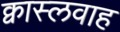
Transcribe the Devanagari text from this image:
क्वास्लवाह